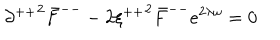
LaTeX: { \partial ^ { + + } } ^ { 2 } { \bar { F } } ^ { -- } - 2 { \xi ^ { + + } } ^ { 2 } { \bar { F } } ^ { -- } e ^ { 2 \lambda \omega } = 0 \,